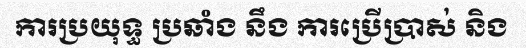
ការប្រយុទ្ធ ប្រឆាំង នឹង ការប្រើប្រាស់ និង